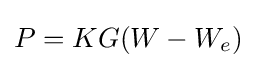
P=KG(W-W_{e})